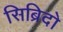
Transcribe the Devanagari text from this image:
सिब्रिदो